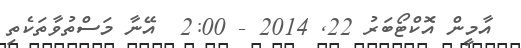
އާމީން އޮކްޓޯބަރު 22